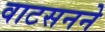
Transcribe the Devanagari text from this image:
वाटसनने